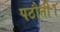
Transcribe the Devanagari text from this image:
पठौती।